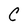
Character: C